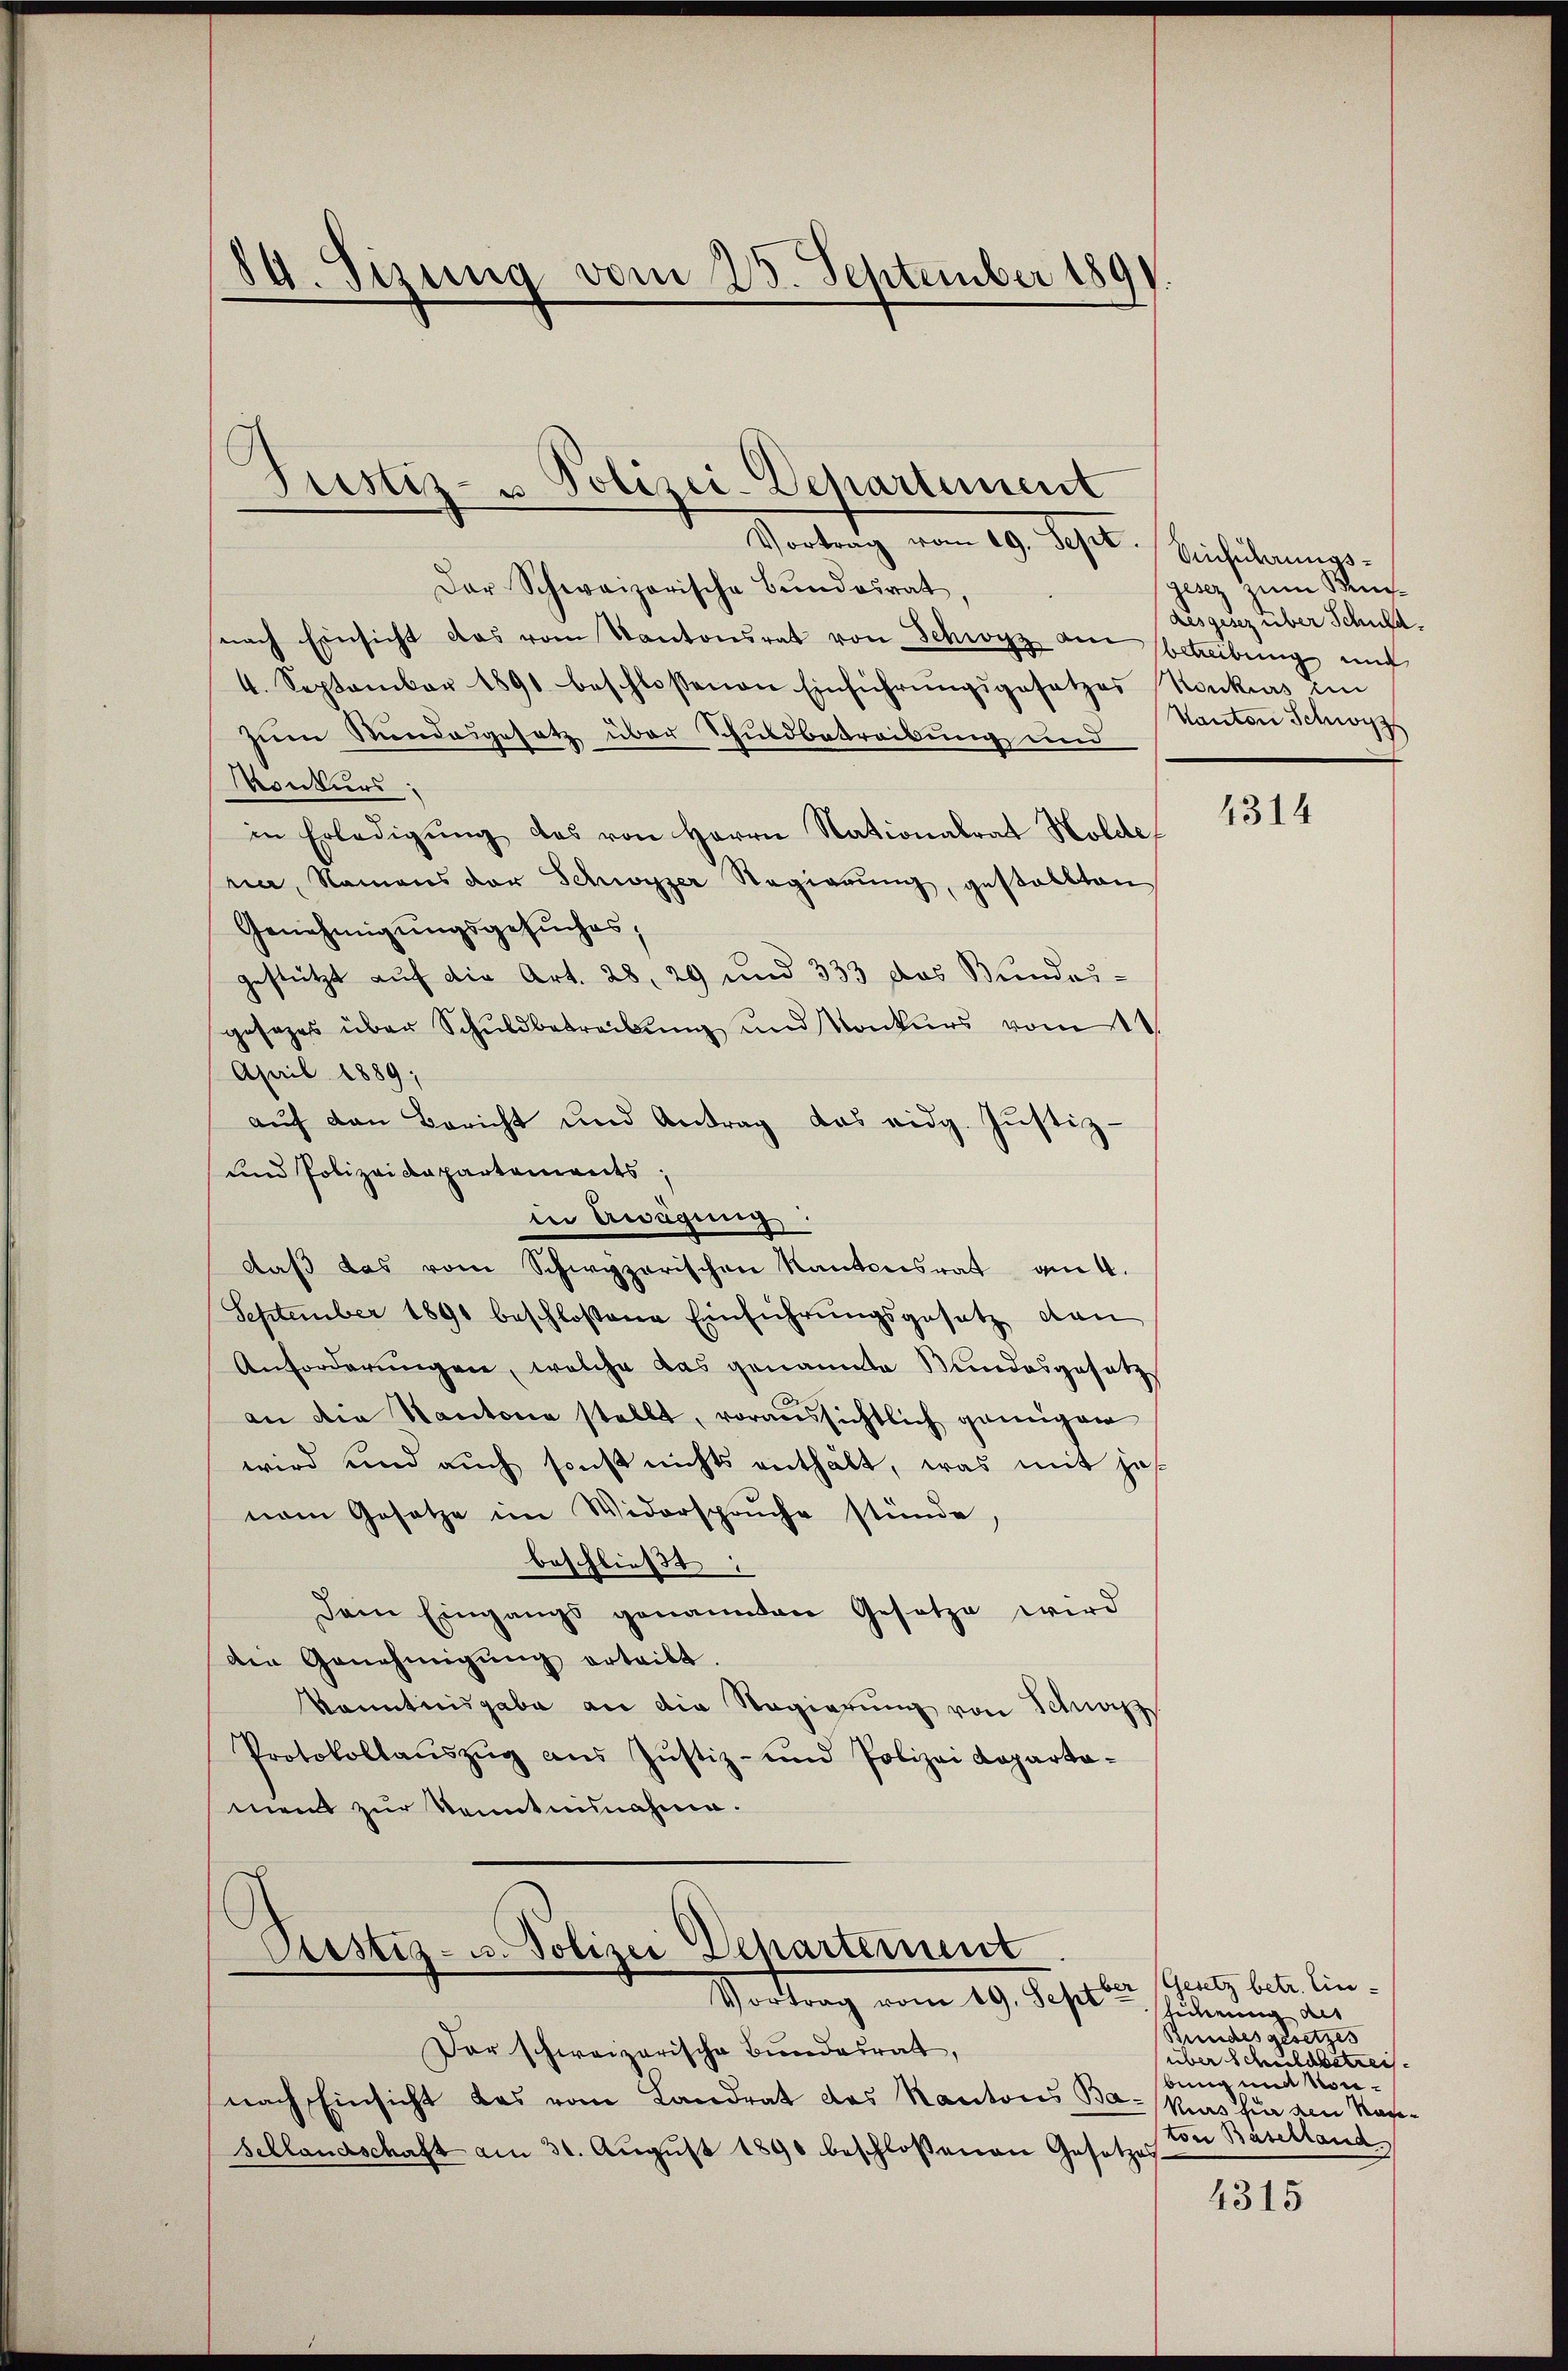
89. Sizung vom 25. September 1891.

Justiz- u Polizei-Departement
Vortrag vom 29. Sept. Bicherungs

Der Schweizerische Bŭndesrat,
nach Einsicht das vom Kantonsrat von Schwyz am betreibŭng und
4. September 1891 beschlossenen Einführŭngsgesetzes
zum Stundesgesetz über Schuldbetreibung und
Konkurs:
in Erledigŭng des von Herrn Nationalrat Holde
hier, Namens der Schwyzer Regierung, gestallten
Genehmigungsgesuches,
gestützt auf die Art. 28, 29 und 333 das Bundes-
gesetzes über Schŭldbetreibŭng und Konkurs vom 11.
April 1889;
aŭf den Bericht und Antrag das eidg. Jŭstiz-
und Polizeidepartaments;
in Wägung.
daβ das vom Schwyzerischen Kantonsrat am 4.
September 1891 beschlossene Einführŭngsgesetz dan
Anforderŭngen, welche das genannte Kundesgesetz
an die Kantone stellt, voraussichtlich genügen
wird und auch sonst nichts enthält, was mit jevom Gesetze im Widerspruche stünde,
beschließt:
Dem Eingangs genannten Gesetze wird
die Genehmigŭng erteilt.
kanntnisgabe an die Regierŭng von Schnazz
Protokollaŭszŭg aŭs Jŭstiz- und Polizei Koparta-
ment zur Kenntnisnahme.
Justiz- u. Polizei Departement
Vortrag vom 29. Julia Aug des lin¬
Der schweizerische Bundesrat,
nach Einsicht das vom Landrat des Kantons Ba- Mrs hier am Nach¬
Schlandschaft am 30. Aŭgŭst 1890 beschlossenen Gesetzes

gesez zum Buc
Lesgesez über Schuld.
Konkurs im
Kanton Schwyz

4314

führung an
Bundesgesetzes
(über Schuldbetrei
bung mit vorton Baselland

4315